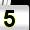
Digit: 5